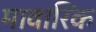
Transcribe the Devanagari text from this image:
मावारिक